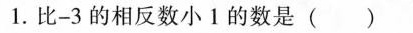
1.比-3的相反数小1的数是( )